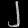
Digit: ၂